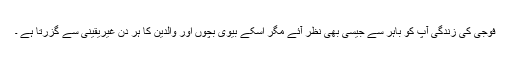
فوجی کی زندگی آپ کو باہر سے جیسی بھی نظر آئے مگر اسکے بیوی بچوں اور والدین کا ہر دن غیریقینی سے گزرتا ہے ۔